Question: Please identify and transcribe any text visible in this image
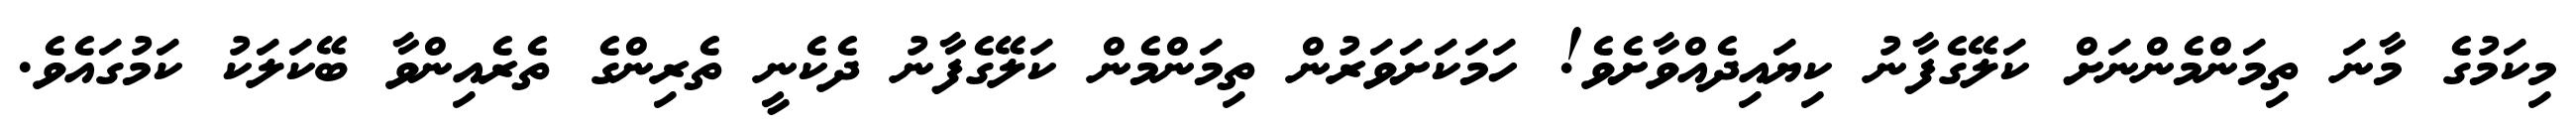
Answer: މިކަމުގެ މާނަ ތިމަންމެންނަށް ކަލޭގެފާނު ކިޔައިދެއްވާށެވެ! ހަމަކަށަވަރުން ތިމަންމެން ކަލޭގެފާނު ދެކެނީ ތެރިންގެ ތެރެއިންވާ ބޭކަލަކު ކަމުގައެވެ.